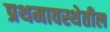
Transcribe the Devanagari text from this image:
प्रथमावस्थेतील